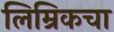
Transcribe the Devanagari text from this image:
लिम्रिकचा